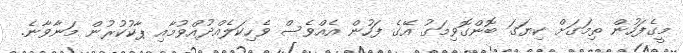
މީގެފަހުން ތިމަގަށް ކިޔަގަ ބޮންގޮވިމަގު އޭގެ ފަހުން އެއްވެސް ވެހިކަލެއްދުއްވުމާއި ޕާކުކުރުން މަނާވާނެ.